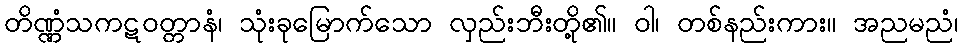
တိဏ္ဏံသကဋဝတ္တာနံ၊ သုံးခုမြောက်သော လှည်းဘီးတို့၏။ ဝါ၊ တစ်နည်းကား။ အညမညံ၊